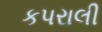
કપરાલી